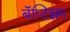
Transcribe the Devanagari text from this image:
बॅप्टिझम